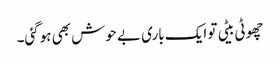
چھوٹی بیٹی تو ایک باری بے حوش بھی ہوگئی۔